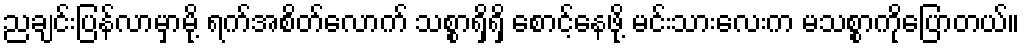
ညချင်းပြန်လာမှာမို့ ရက်အစိတ်လောက် သစ္စာရှိရှိ စောင့်နေဖို့ မင်းသားလေးက မသစ္စာကိုပြောတယ်။